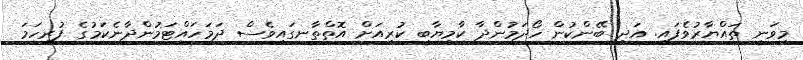
މިވަނީ ތައްޔާރުވެފައި. އަދި ބޭންކުން ހޯދަމުންދާ ކާމިޔާބީ ކުރިއަށް އޮތްތާނގައިވެސް ދަމަހައްޓަމުންދާނެކަމުގެ ފުރިހަމަ